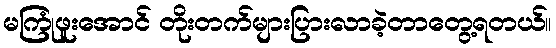
မကြုံဖူးအောင် တိုးတက်များပြားလာခဲ့တာတွေ့ရတယ်။